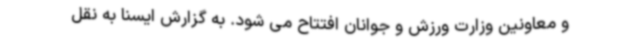
و معاونین وزارت ورزش و جوانان افتتاح می شود. به گزارش ایسنا به نقل